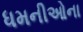
ધમનીઓના